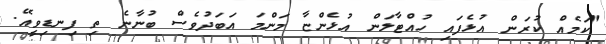
"ކަމެއް ކުރަން އުޅެފައި ހުއްޓާލަން އުޅެންޏާ މަންމަ އަބަދުވެސް ބުނާނެ ތި ފިނޑިވީއޭ.